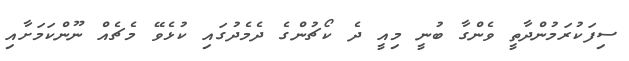
ސިފަކުރަމުންދާތީ ވެންގާ ބުނީ މިއީ ދެ ކޯޗުންގެ ދެމެދުގައި ކުޅެވޭ މެޗެއް ނޫންކަމަށާއި